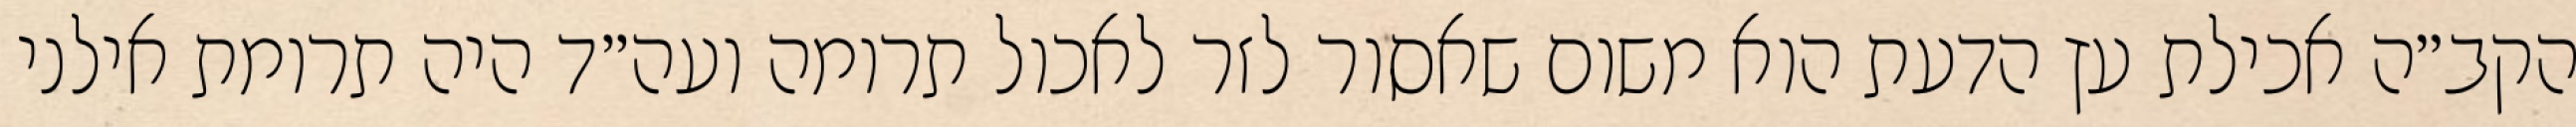
הקב״ה אכילת עץ הדעת הוא משום שאסור לזר לאכול תרומה ועה״ד היה תרומת אילני